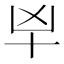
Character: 𰅱